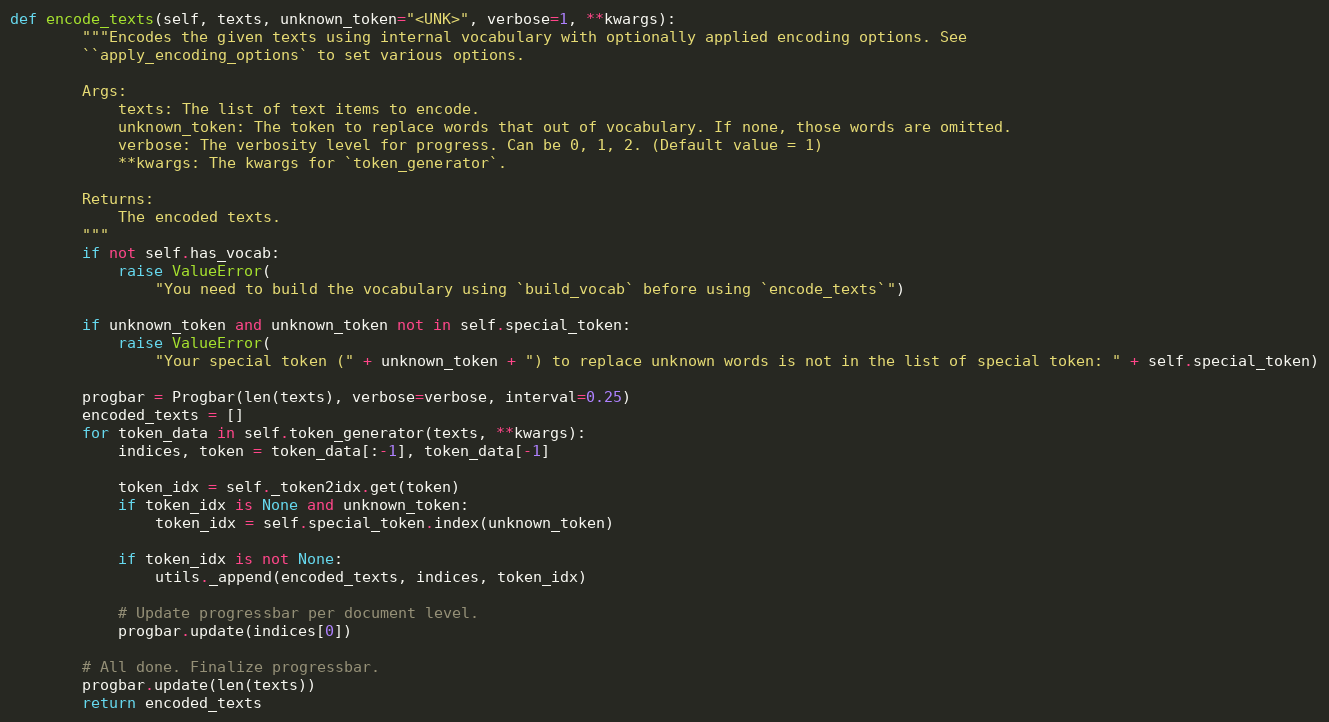
Language: Python
def encode_texts(self, texts, unknown_token="<UNK>", verbose=1, **kwargs):
        """Encodes the given texts using internal vocabulary with optionally applied encoding options. See
        ``apply_encoding_options` to set various options.

        Args:
            texts: The list of text items to encode.
            unknown_token: The token to replace words that out of vocabulary. If none, those words are omitted.
            verbose: The verbosity level for progress. Can be 0, 1, 2. (Default value = 1)
            **kwargs: The kwargs for `token_generator`.

        Returns:
            The encoded texts.
        """
        if not self.has_vocab:
            raise ValueError(
                "You need to build the vocabulary using `build_vocab` before using `encode_texts`")

        if unknown_token and unknown_token not in self.special_token:
            raise ValueError(
                "Your special token (" + unknown_token + ") to replace unknown words is not in the list of special token: " + self.special_token)

        progbar = Progbar(len(texts), verbose=verbose, interval=0.25)
        encoded_texts = []
        for token_data in self.token_generator(texts, **kwargs):
            indices, token = token_data[:-1], token_data[-1]

            token_idx = self._token2idx.get(token)
            if token_idx is None and unknown_token:
                token_idx = self.special_token.index(unknown_token)

            if token_idx is not None:
                utils._append(encoded_texts, indices, token_idx)

            # Update progressbar per document level.
            progbar.update(indices[0])

        # All done. Finalize progressbar.
        progbar.update(len(texts))
        return encoded_texts